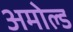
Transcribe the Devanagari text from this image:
अमोल्ड